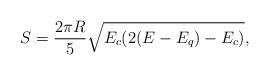
LaTeX: \begin{align*}S=\frac{2\pi R}{5} \sqrt{E_c(2(E-E_q)-E_c)},\end{align*}